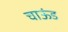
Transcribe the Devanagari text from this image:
चाऊंड